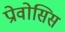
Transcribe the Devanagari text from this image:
प्रोवोसिस